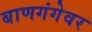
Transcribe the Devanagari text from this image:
बाणगंगेवर